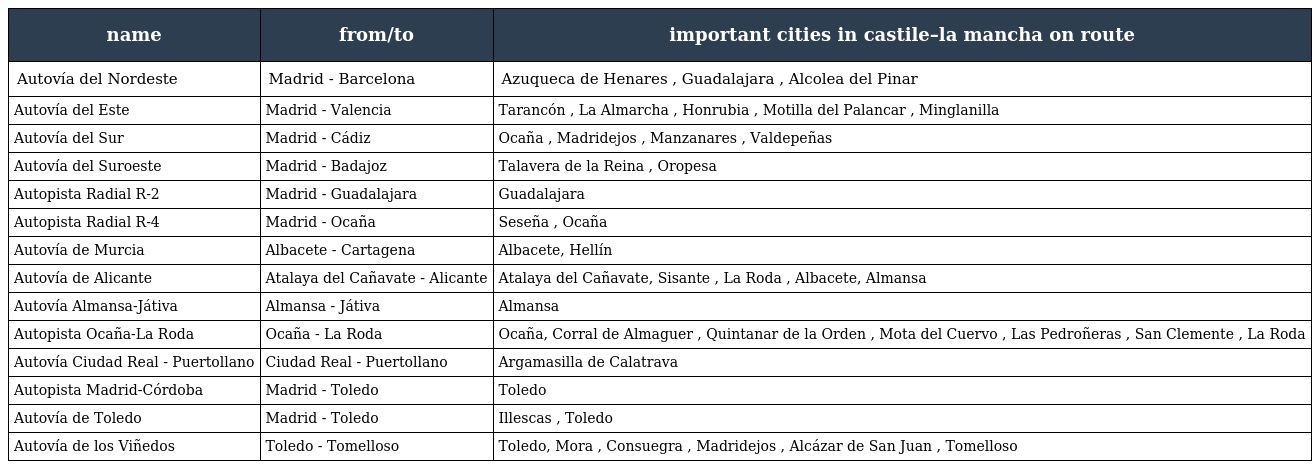
| name | from/to | important cities in castile–la mancha on route |
 | --- | --- | --- |
 | Autovía del Nordeste | Madrid - Barcelona | Azuqueca de Henares , Guadalajara , Alcolea del Pinar |
 | Autovía del Este | Madrid - Valencia | Tarancón , La Almarcha , Honrubia , Motilla del Palancar , Minglanilla |
 | Autovía del Sur | Madrid - Cádiz | Ocaña , Madridejos , Manzanares , Valdepeñas |
 | Autovía del Suroeste | Madrid - Badajoz | Talavera de la Reina , Oropesa |
 | Autopista Radial R-2 | Madrid - Guadalajara | Guadalajara |
 | Autopista Radial R-4 | Madrid - Ocaña | Seseña , Ocaña |
 | Autovía de Murcia | Albacete - Cartagena | Albacete, Hellín |
 | Autovía de Alicante | Atalaya del Cañavate - Alicante | Atalaya del Cañavate, Sisante , La Roda , Albacete, Almansa |
 | Autovía Almansa-Játiva | Almansa - Játiva | Almansa |
 | Autopista Ocaña-La Roda | Ocaña - La Roda | Ocaña, Corral de Almaguer , Quintanar de la Orden , Mota del Cuervo , Las Pedroñeras , San Clemente , La Roda |
 | Autovía Ciudad Real - Puertollano | Ciudad Real - Puertollano | Argamasilla de Calatrava |
 | Autopista Madrid-Córdoba | Madrid - Toledo | Toledo |
 | Autovía de Toledo | Madrid - Toledo | Illescas , Toledo |
 | Autovía de los Viñedos | Toledo - Tomelloso | Toledo, Mora , Consuegra , Madridejos , Alcázar de San Juan , Tomelloso |